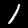
Label: 1